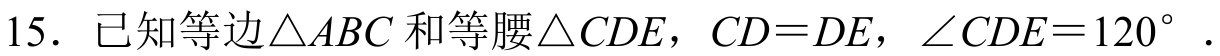
15. 已知等边$\triangle ABC$和等腰$\triangle CDE$，$CD = DE$，$\angle CDE = 120^{\circ}$ .